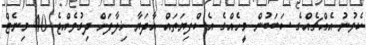
ކެވުނު އެއްޗެއްގެ ސަބަބުން މީހެއްގެ އެސްފިޔަތައް އާދަޔާ ޚިލާފަށް ދިގުވެއްޖެ 40 މިނެޓް